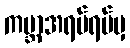
ကမ္ဘာအရပ်ရပ်မှ